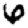
Digit: 6